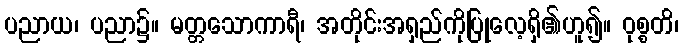
ပညာယ၊ ပညာ၌။ မတ္တသောကာရီ၊ အတိုင်းအရှည်ကိုပြုလေ့ရှိ၏ဟူ၍။ ဝုစ္စတိ၊